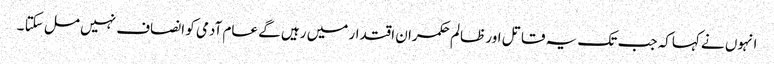
انہوں نے کہاکہ جب تک یہ قاتل اور ظالم حکمران اقتدار میں رہیں گے عام آدمی کو انصاف نہیں مل سکتا ۔